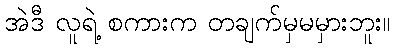
အဲဒီ လူရဲ့ စကားက တချက်မှမမှားဘူး။